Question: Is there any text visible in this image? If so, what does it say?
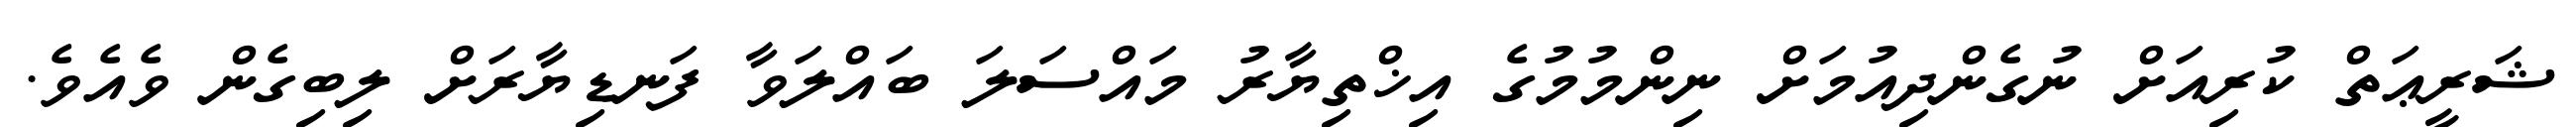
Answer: ޝަރީޢަތް ކުރިއަށް ނުގެންދިއުމަށް ނިންމުމުގެ އިޚްތިޔާރު މައްސަލަ ބައްލަވާ ފަނޑިޔާރަށް ލިބިގެން ވެއެވެ.